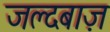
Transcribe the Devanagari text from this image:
जल्दबाज़